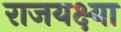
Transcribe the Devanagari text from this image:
राजयक्ष्या